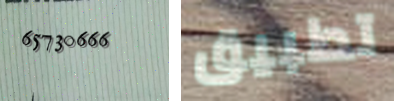
65730666 تطبيق